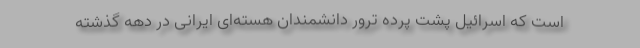
است که اسرائیل پشت پرده ترور دانشمندان هسته‌ای ایرانی در دهه گذشته